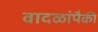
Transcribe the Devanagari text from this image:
वादळांपैकी